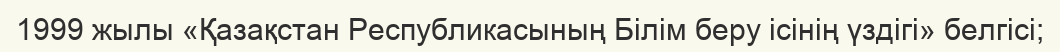
1999 жылы «Қазақстан Республикасының Білім беру ісінің үздігі» белгісі;